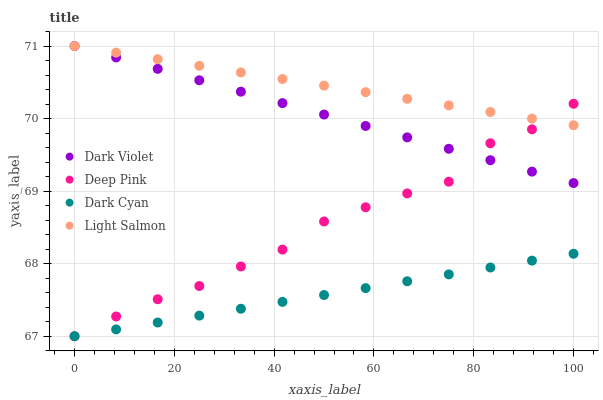
| xaxis_label | Dark Violet | Deep Pink | Dark Cyan | Light Salmon |
 | --- | --- | --- | --- | --- |
 | 0 | 71 | 67 | 67 | 71 |
 | 8.33 | 70.8 | 67.3 | 67.1 | 70.9 |
 | 16.7 | 70.7 | 67.5 | 67.2 | 70.8 |
 | 25 | 70.5 | 67.7 | 67.3 | 70.7 |
 | 33.3 | 70.4 | 68 | 67.4 | 70.6 |
 | 41.7 | 70.2 | 68.2 | 67.5 | 70.5 |
 | 50 | 70.1 | 68.6 | 67.6 | 70.5 |
 | 58.3 | 69.9 | 68.8 | 67.7 | 70.4 |
 | 66.7 | 69.7 | 69 | 67.8 | 70.3 |
 | 75 | 69.6 | 69.1 | 67.9 | 70.2 |
 | 83.3 | 69.4 | 69.7 | 67.9 | 70.1 |
 | 91.7 | 69.3 | 69.9 | 68 | 70 |
 | 100 | 69.1 | 70.2 | 68.1 | 69.9 |